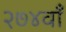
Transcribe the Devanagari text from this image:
२७४वाँ